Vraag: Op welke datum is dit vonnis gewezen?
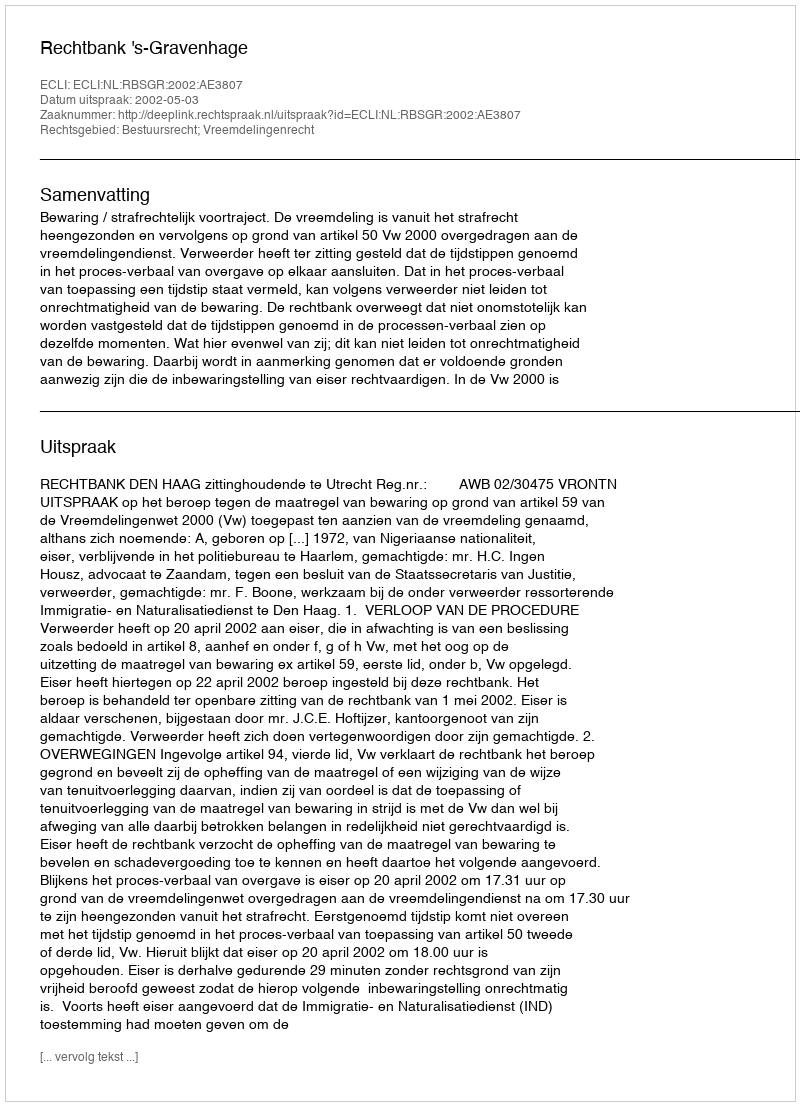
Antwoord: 2002-05-03